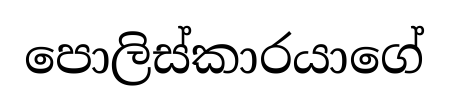
පොලිස්කාරයාගේ